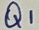
Text: Q1